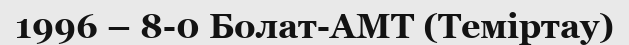
1996 – 8-0 Болат-АМТ (Теміртау)